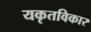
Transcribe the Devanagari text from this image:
यकृतविकार